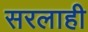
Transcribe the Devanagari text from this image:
सरलाही